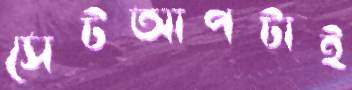
সেটআপটাই